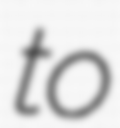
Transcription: to